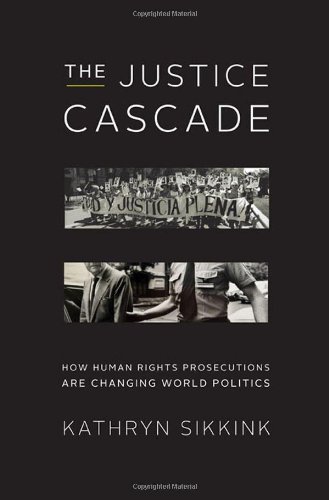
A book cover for The Justice Cascade: How Human Rights Prosecutions Are Changing World Politics (The Norton Series in World Politics); Kathryn Sikkink; Law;